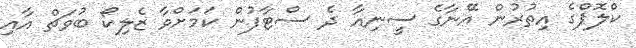
ކްލޮޕްގެ އިތުރުން އޭނާގެ ސީނިއާ ދެ ސްޓާފުން ކަމަށްވާ ޒެލިކޯ ބުވަޗް އާއި